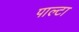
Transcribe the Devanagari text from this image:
पाल्टा